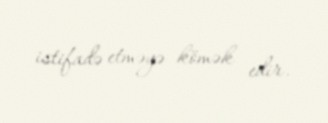
istifadə etməyə kömək edir.